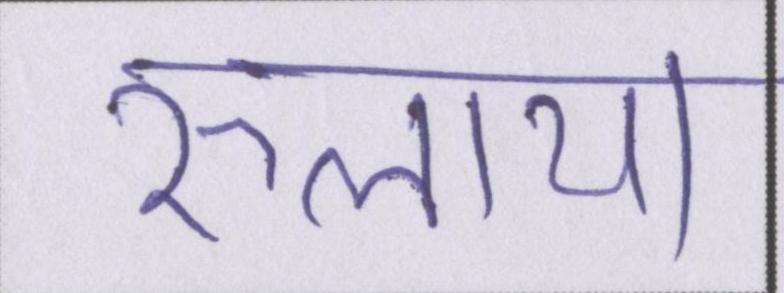
रुलाया